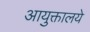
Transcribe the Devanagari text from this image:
आयुक्तालये